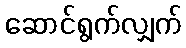
ဆောင်ရွက်လျှက်